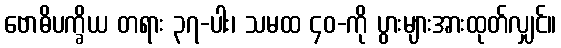
ဗောဓိပက္ခိယ တရား ၃၇-ပါး၊ သမထ ၄၀-ကို ပွားများအားထုတ်လျှင်။